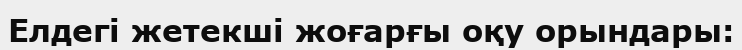
Елдегі жетекші жоғарғы оқу орындары: